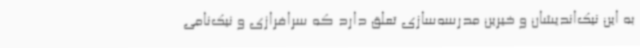
به این نیک‌اندیشان و خیرین مدرسه‌سازی تعلق دارد که سرافرازی و نیک‌نامی